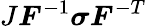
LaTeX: J{\boldsymbol{F}}^{-1}{\boldsymbol{\sigma}}{\boldsymbol{F}}^{-T}